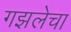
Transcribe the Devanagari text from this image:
गझलेचा